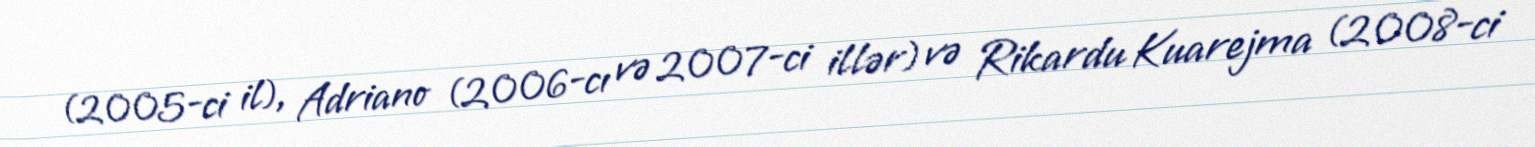
(2005-ci il), Adriano (2006-cı və 2007-ci illər) və Rikardu Kuarejma (2008-ci